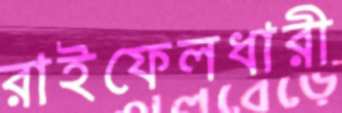
রাইফেলধারী